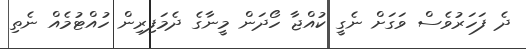
ދެ ފަހަރުވެސް ވަގަށް ނެގީ ކުއްޖާ ހޯދަން މީނާގެ ދެމަފިރިން ހުއްޓުމެއް ނެތި